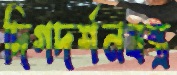
দিগদর্শনযন্ত্র